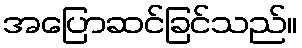
အပြောဆင်ခြင်သည်။